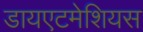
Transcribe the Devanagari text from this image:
डायएटमेशियस